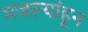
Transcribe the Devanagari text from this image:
मजल्यांहून